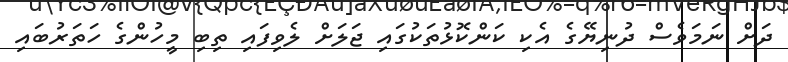
ދަށް ނަމަވެސް ދުނިޔޭގެ އެކި ކަންކޮޅުތަކުގައި ޖަލަށް ލެވިފައި ތިބި މީހުންގެ ހަތަރުބައި